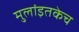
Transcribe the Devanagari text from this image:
मुलांइतकेच